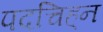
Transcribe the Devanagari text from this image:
पदचिह्‌न